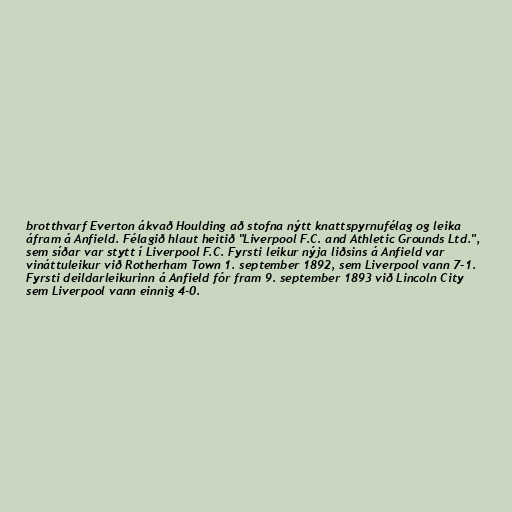
brotthvarf Everton ákvað Houlding að stofna nýtt knattspyrnufélag og leika
áfram á Anfield. Félagið hlaut heitið "Liverpool F.C. and Athletic Grounds Ltd.",
sem síðar var stytt í Liverpool F.C. Fyrsti leikur nýja liðsins á Anfield var
vináttuleikur við Rotherham Town 1. september 1892, sem Liverpool vann 7-1.
Fyrsti deildarleikurinn á Anfield fór fram 9. september 1893 við Lincoln City
sem Liverpool vann einnig 4-0.